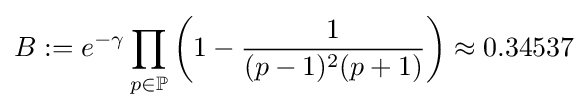
B:=e^{-\gamma }\prod _{p\in \mathbb {P} }\left({1-{\frac {1}{(p-1)^{2}(p+1)}}}\right)\approx 0.34537